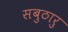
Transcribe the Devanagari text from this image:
सबुठारु